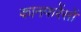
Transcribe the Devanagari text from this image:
कानफरेंसों